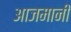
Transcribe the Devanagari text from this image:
आजमानी